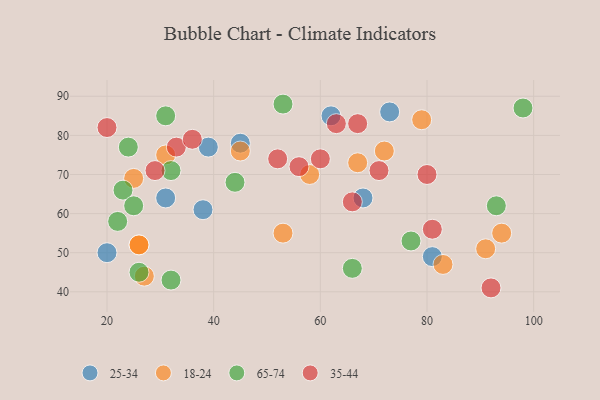
{"axis": {"x": "GDP", "y": "Life Expectancy"}, "legend": ["18-24", "25-34", "35-44", "65-74"], "data": [{"x": "62", "y": 85, "type": "25-34"}, {"x": "68", "y": 64, "type": "25-34"}, {"x": "45", "y": 78, "type": "25-34"}, {"x": "20", "y": 50, "type": "25-34"}, {"x": "39", "y": 77, "type": "25-34"}, {"x": "73", "y": 86, "type": "25-34"}, {"x": "31", "y": 64, "type": "25-34"}, {"x": "81", "y": 49, "type": "25-34"}, {"x": "38", "y": 61, "type": "25-34"}, {"x": "45", "y": 76, "type": "18-24"}, {"x": "26", "y": 52, "type": "18-24"}, {"x": "53", "y": 55, "type": "18-24"}, {"x": "31", "y": 75, "type": "18-24"}, {"x": "91", "y": 51, "type": "18-24"}, {"x": "26", "y": 52, "type": "18-24"}, {"x": "83", "y": 47, "type": "18-24"}, {"x": "72", "y": 76, "type": "18-24"}, {"x": "25", "y": 69, "type": "18-24"}, {"x": "67", "y": 73, "type": "18-24"}, {"x": "94", "y": 55, "type": "18-24"}, {"x": "27", "y": 44, "type": "18-24"}, {"x": "58", "y": 70, "type": "18-24"}, {"x": "79", "y": 84, "type": "18-24"}, {"x": "31", "y": 85, "type": "65-74"}, {"x": "93", "y": 62, "type": "65-74"}, {"x": "77", "y": 53, "type": "65-74"}, {"x": "26", "y": 45, "type": "65-74"}, {"x": "32", "y": 71, "type": "65-74"}, {"x": "53", "y": 88, "type": "65-74"}, {"x": "23", "y": 66, "type": "65-74"}, {"x": "25", "y": 62, "type": "65-74"}, {"x": "98", "y": 87, "type": "65-74"}, {"x": "22", "y": 58, "type": "65-74"}, {"x": "24", "y": 77, "type": "65-74"}, {"x": "32", "y": 43, "type": "65-74"}, {"x": "44", "y": 68, "type": "65-74"}, {"x": "66", "y": 46, "type": "65-74"}, {"x": "60", "y": 74, "type": "35-44"}, {"x": "66", "y": 63, "type": "35-44"}, {"x": "63", "y": 83, "type": "35-44"}, {"x": "33", "y": 77, "type": "35-44"}, {"x": "52", "y": 74, "type": "35-44"}, {"x": "36", "y": 79, "type": "35-44"}, {"x": "67", "y": 83, "type": "35-44"}, {"x": "20", "y": 82, "type": "35-44"}, {"x": "29", "y": 71, "type": "35-44"}, {"x": "81", "y": 56, "type": "35-44"}, {"x": "56", "y": 72, "type": "35-44"}, {"x": "71", "y": 71, "type": "35-44"}, {"x": "92", "y": 41, "type": "35-44"}, {"x": "80", "y": 70, "type": "35-44"}]}